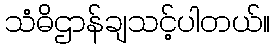
သံဓိဌာန်ချသင့်ပါတယ်။